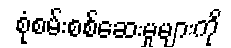
စုံစမ်းစစ်ဆေးမှုများကို